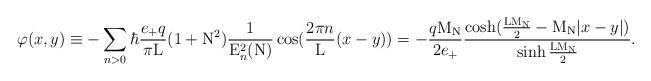
LaTeX: \begin{align*}\varphi(x,y) \equiv - \sum_{n>0} \hbar \frac{e_{+}q}{\pi{\rm L}}(1+{\rm N}^2) \frac{1}{{\rm E}_n^2({\rm N})} \cos(\frac{2\pi n}{\rm L}(x-y)) =- \frac{q{\rm M}_{\rm N}}{2e_{+}} \frac{\cosh(\frac{\rm L {\rm M}_{\rm N}}{2} - {\rm M}_{\rm N}|x-y|)}{\sinh{\frac{\rm L {\rm M}_{\rm N}}{2}}}.\end{align*}